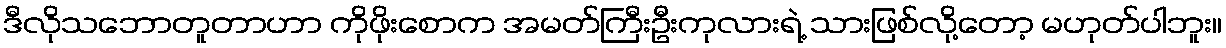
ဒီလိုသဘောတူတာဟာ ကိုဖိုးစောက အမတ်ကြီးဦးကုလားရဲ့ သားဖြစ်လို့တော့ မဟုတ်ပါဘူး။